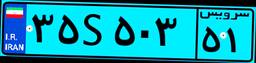
۳۵S۵۰۳۵۱